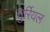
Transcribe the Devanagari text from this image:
सुर्रियल